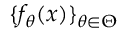
\{ f _ { \theta } ( x ) \} _ { \theta \in \Theta }